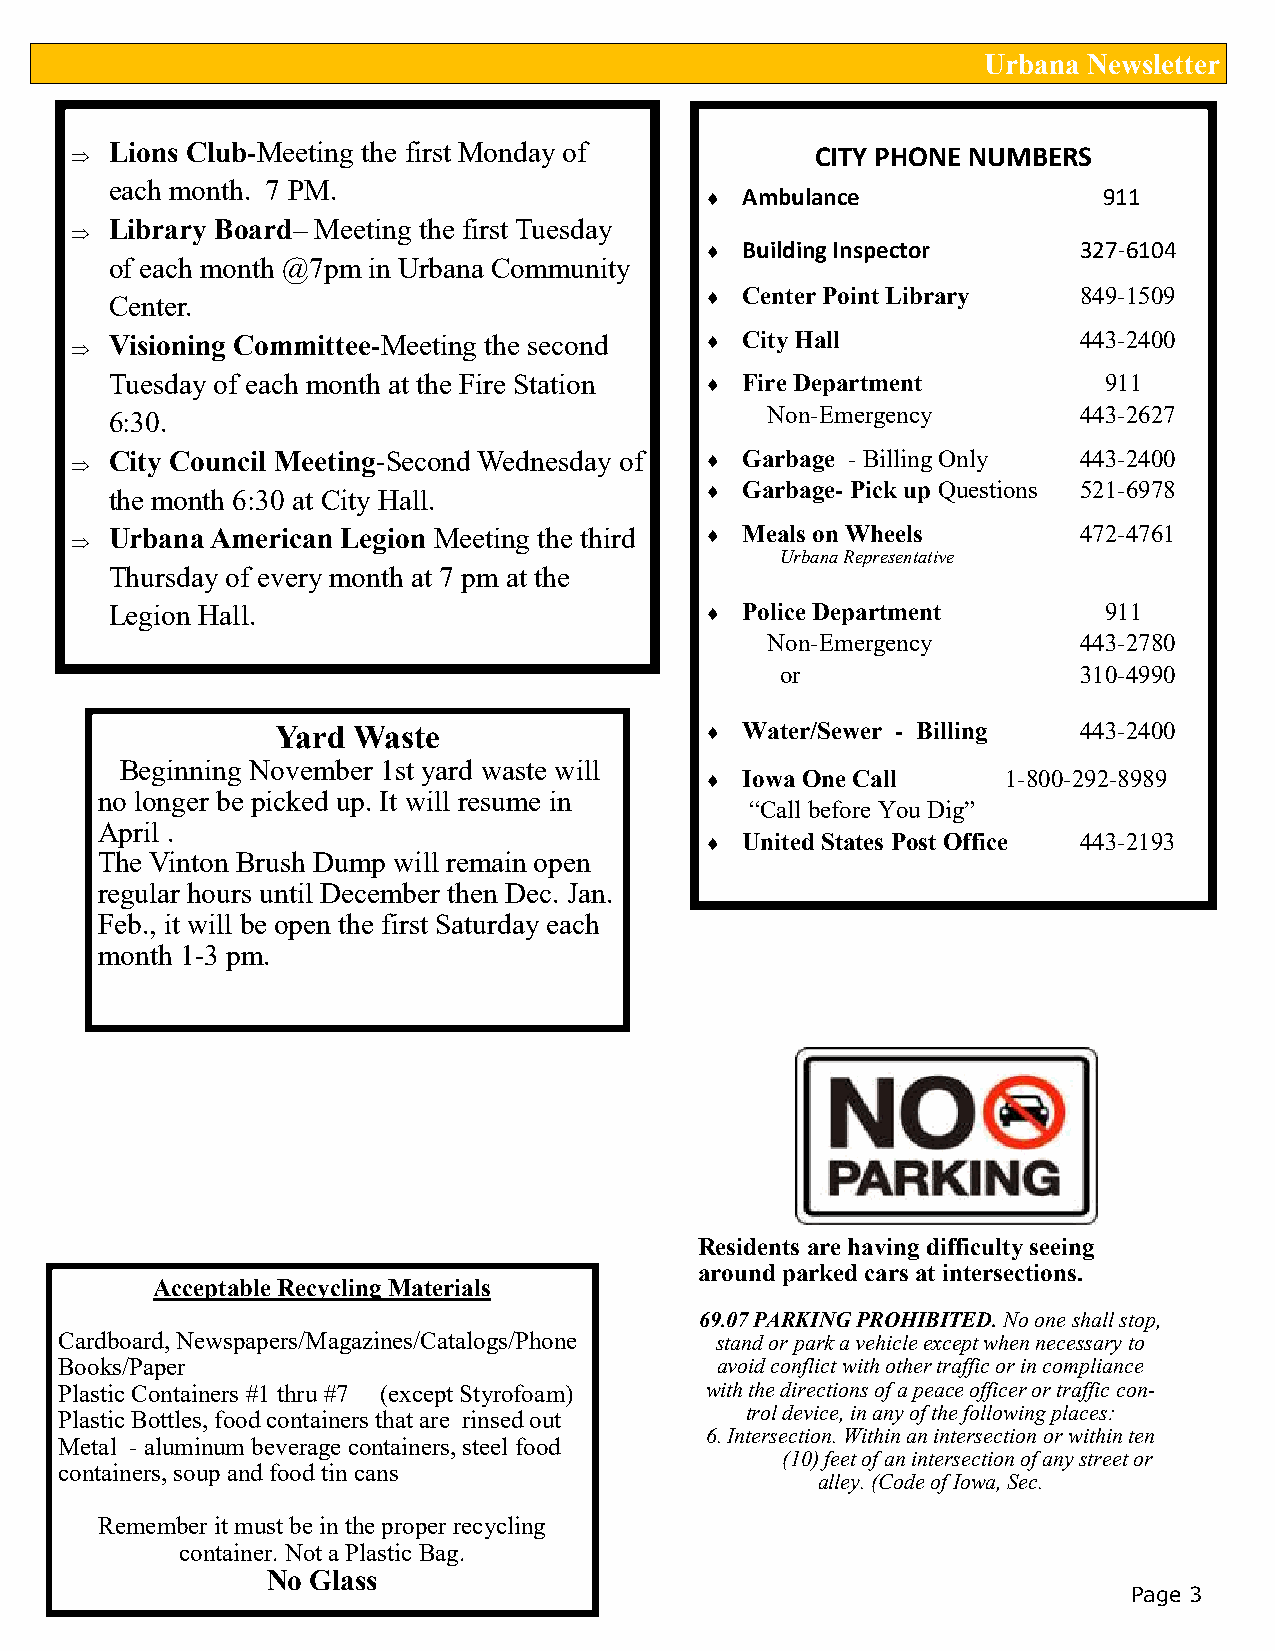
Urbana Newsletter
  Lions Club-Meeting the first Monday of         CITY PHONE NUMBERS
 each month. 7 PM.
  Ambulance               911
 
 Library Board– Meeting the first Tuesday
  Building Inspector     327-6104
 of each month @7pm in Urbana Community
 Center.                                  Center Point Library   849-1509
 Visioning Committee-Meeting the second   City Hall              443-2400
 
 Tuesday of each month at the Fire Station  Fire Department       911
 6:30.                                       Non-Emergency        443-2627
  City Council Meeting-Second Wednesday of  Garbage - Billing Only 443-2400
 the month 6:30 at City Hall.             Garbage- Pick up Questions 521-6978
 Urbana American Legion Meeting the third  Meals on Wheels       472-4761
 
 Urbana Representative
 Thursday of every month at 7 pm at the
 Legion Hall.                             Police Department       911
 Non-Emergency        443-2780
 or                  310-4990
 Yard Waste                    Water/Sewer - Billing  443-2400
 Beginning November 1st yard waste will
  Iowa One Call     1-800-292-8989
 no longer be picked up. It will resume in
 “Call before You Dig”
 April .
  United States Post Office 443-2193
 The Vinton Brush Dump will remain open
 regular hours until December then Dec. Jan.
 Feb., it will be open the first Saturday each
 month 1-3 pm.
 Residents are having difficulty seeing
 around parked cars at intersections.
 Acceptable Recycling Materials
 69.07 PARKING PROHIBITED. No one shall stop,
 Cardboard, Newspapers/Magazines/Catalogs/Phone stand or park a vehicle except when necessary to
 Books/Paper                                avoid conflict with other traffic or in compliance
 Plastic Containers #1 thru #7 (except Styrofoam) with the directions of a peace officer or traffic con-
 Plastic Bottles, food containers that are rinsed out trol device, in any of the following places:
 6. Intersection. Within an intersection or within ten
 Metal - aluminum beverage containers, steel food
 (10) feet of an intersection of any street or
 containers, soup and food tin cans
 alley. (Code of Iowa, Sec.
 Reme mber it must be in the proper recycling
 container. Not a Plastic Bag.
 No Glass
 Page 3